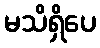
မသိရှိပေ